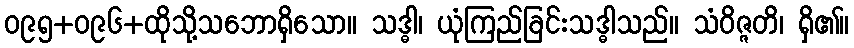
ဝ၉၅+ဝ၉၆+ထိုသို့သဘောရှိသော။ သဒ္ဓါ၊ ယုံကြည်ခြင်းသဒ္ဓါသည်။ သံဝိဇ္ဇတိ၊ ရှိ၏။